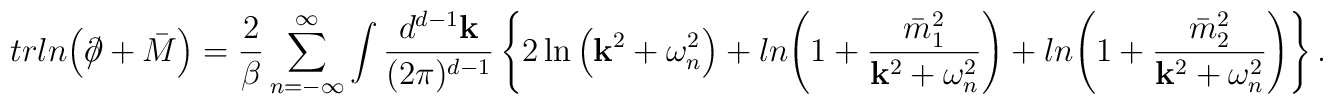
trln{\left(\partial\!\!\!\slash+\bar{M}\right)}=\frac{2}{\beta} \sum_{n=-\infty}^{\infty}\int \frac{d^{d-1}{\bf k}}{(2\pi)^{d-1}}\left\{2\ln{\left( {\bf k}^{2}+\omega_{n}^{2} \right)}+ln{\left( 1+\frac{\bar{m}_{1}^{2}}{{\bf k}^{2}+\omega_{n}^{2}}\right)}+ln{\left( 1+\frac{\bar{m}_{2}^{2}}{{\bf k}^{2}+\omega_{n}^{2}}\right)}\right\}.